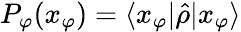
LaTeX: P_{\varphi}(x_{\varphi})=\langle{x_{\varphi}}|{\hat{\rho}}|{x_{\varphi}}\rangle